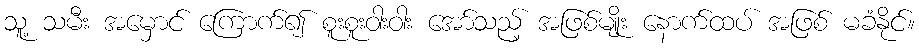
သူ့ သမီး အမှောင် ကြောက်၍ စူးစူးဝါးဝါး အော်သည့် အဖြစ်မျိုး နောက်ထပ် အဖြစ် မခံနိုင်။